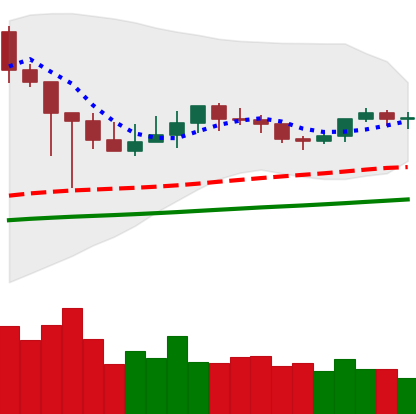
Ticker: XMR-USD
Chart end date: 2021-03-11
Forward return: 3.689%
Label: up_3_5